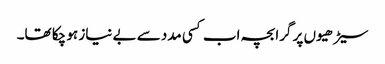
سیڑھیوں پر گرا بچہ اب کسی مدد سے بے نیاز ہو چکا تھا۔